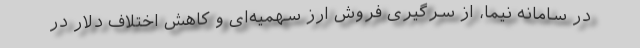
در سامانه نیما، از سرگیری فروش ارز سهمیه‌ای و کاهش اختلاف دلار در